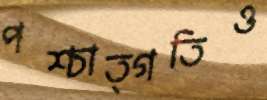
পশ্চাত্গতিও